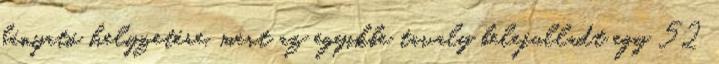
bányató helyzetére, mert az egyikbe tavaly belefulladt egy 52